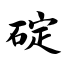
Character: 碇